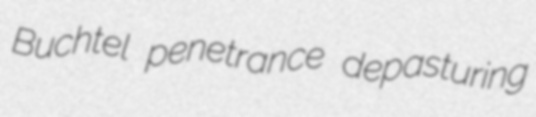
Buchtel penetrance depasturing